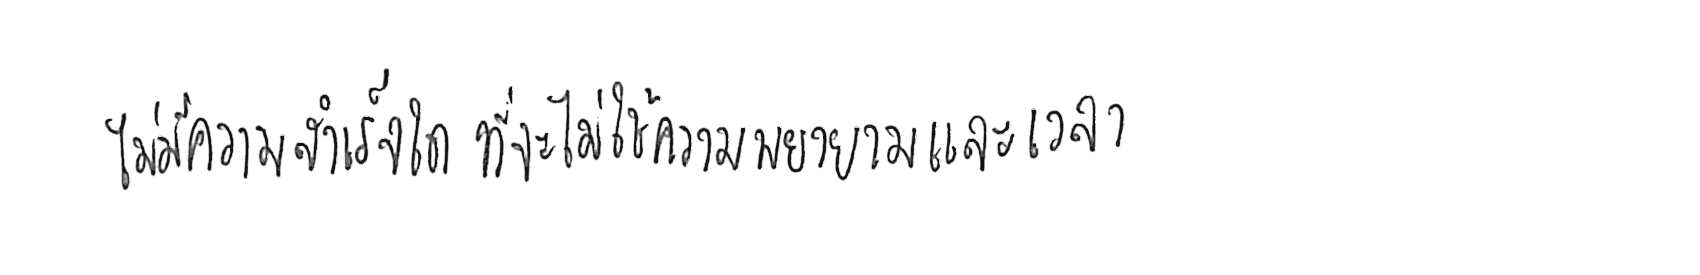
ไม่มีความสำเร็จใด ที่จะไม่ใช้ความพยายามและเวลา